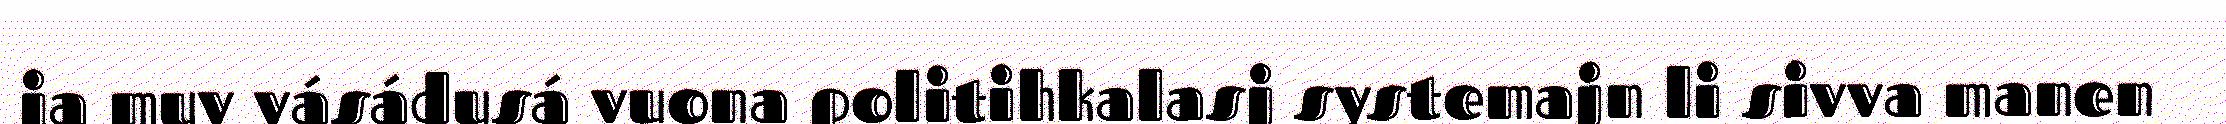
ja muv vásádusá vuona politihkalasj systemajn li sivva manen